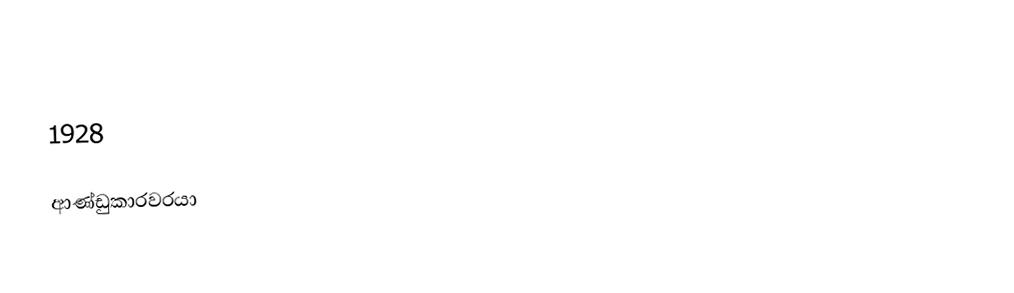
1928

ආණ්ඩුකාරවරයා